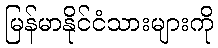
မြန်မာနိုင်ငံသားများကို